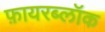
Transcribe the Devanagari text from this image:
फ़ायरब्लॉक